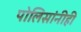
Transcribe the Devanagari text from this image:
पोलिसांनीही